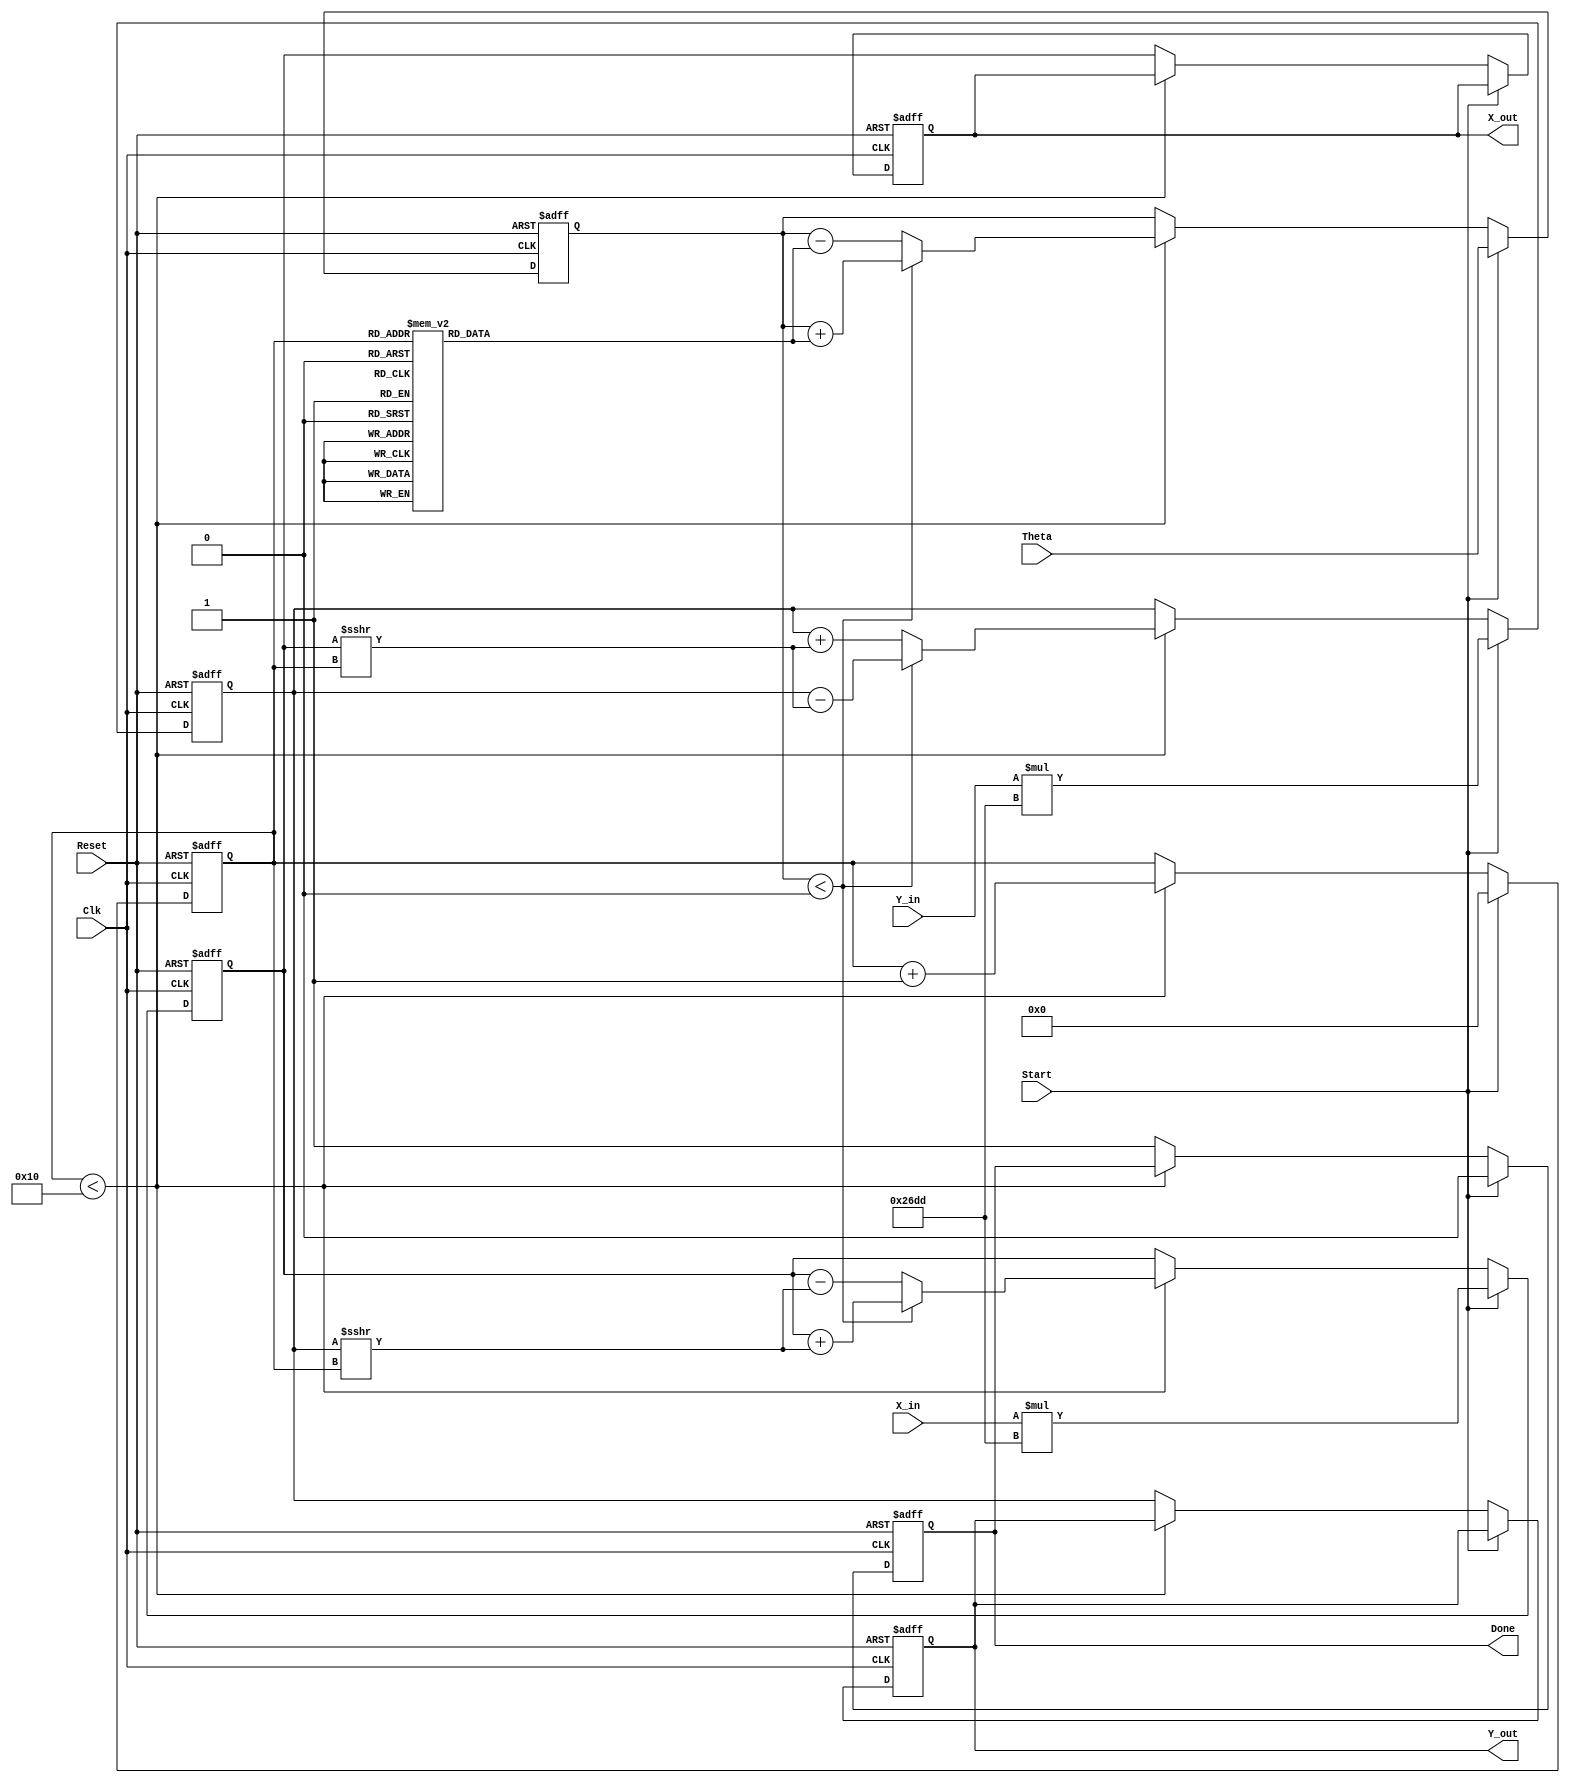
module cordic_rotational (
    input wire signed [15:0] X_in,     // Input X coordinate
    input wire signed [15:0] Y_in,     // Input Y coordinate
    input wire signed [15:0] Theta,     // Desired angle of rotation
    input wire Start,                   // Start signal
    input wire Clk,                     // Clock signal
    input wire Reset,                   // Reset signal
    output reg signed [15:0] X_out,     // Output X coordinate
    output reg signed [15:0] Y_out,     // Output Y coordinate
    output reg Done                     // Done signal
);

    // Parameters
    parameter NUM_ITERATIONS = 16; // Number of iterations
    parameter [15:0] K = 16'h26DD;   // Gain compensation constant (approx. 0.607)

    // Internal registers
    reg signed [15:0] X_reg;
    reg signed [15:0] Y_reg;
    reg signed [15:0] Z_reg;
    reg [3:0] iteration_count; // Count for iterations
    reg [3:0] angle_lookup [0:NUM_ITERATIONS-1]; // Lookup table for arctan values

    initial begin
        // Initialize the arctan lookup table (fixed-point representation)
        angle_lookup[0] = 16'h2000; // atan(1) = 45 degrees
        angle_lookup[1] = 16'h1666; // atan(0.5) = 26.565 degrees
        angle_lookup[2] = 16'h0D89; // atan(0.25) = 14.036 degrees
        angle_lookup[3] = 16'h05A8; // atan(0.125) = 7.125 degrees
        angle_lookup[4] = 16'h028B; // atan(0.0625) = 3.576 degrees
        angle_lookup[5] = 16'h0145; // atan(0.03125) = 1.563 degrees
        angle_lookup[6] = 16'h00A2; // atan(0.015625) = 0.785 degrees
        angle_lookup[7] = 16'h0051; // atan(0.0078125) = 0.392 degrees
        angle_lookup[8] = 16'h0028; // atan(0.00390625) = 0.197 degrees
        angle_lookup[9] = 16'h0014; // atan(0.001953125) = 0.098 degrees
        angle_lookup[10] = 16'h000A; // atan(0.0009765625) = 0.049 degrees
        angle_lookup[11] = 16'h0005; // atan(0.00048828125) = 0.025 degrees
        angle_lookup[12] = 16'h0003; // atan(0.000244140625) = 0.012 degrees
        angle_lookup[13] = 16'h0002; // atan(0.0001220703125) = 0.006 degrees
        angle_lookup[14] = 16'h0001; // atan(0.00006103515625) = 0.003 degrees
        angle_lookup[15] = 16'h0001; // atan(0.000030517578125) = 0.001 degrees
    end

    // Control logic
    always @(posedge Clk or posedge Reset) begin
        if (Reset) begin
            X_reg <= 0;
            Y_reg <= 0;
            Z_reg <= 0;
            iteration_count <= 0;
            Done <= 0;
            X_out <= 0;
            Y_out <= 0;
        end else if (Start) begin
            // Initialize registers
            X_reg <= X_in * K; // Apply gain compensation
            Y_reg <= Y_in * K; // Apply gain compensation
            Z_reg <= Theta;
            iteration_count <= 0;
            Done <= 0;
        end else if (iteration_count < NUM_ITERATIONS) begin
            // CORDIC iteration
            if (Z_reg < 0) begin
                // Rotate clockwise
                X_reg <= X_reg + (Y_reg >>> iteration_count);
                Y_reg <= Y_reg - (X_reg >>> iteration_count);
                Z_reg <= Z_reg + angle_lookup[iteration_count];
            end else begin
                // Rotate counterclockwise
                X_reg <= X_reg - (Y_reg >>> iteration_count);
                Y_reg <= Y_reg + (X_reg >>> iteration_count);
                Z_reg <= Z_reg - angle_lookup[iteration_count];
            end
            iteration_count <= iteration_count + 1;
        end else begin
            // Final output
            X_out <= X_reg;
            Y_out <= Y_reg;
            Done <= 1; // Signal completion
        end
    end

endmodule